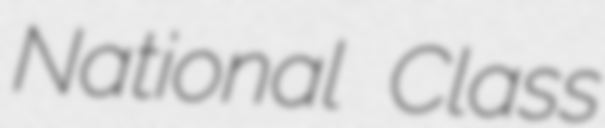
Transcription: National Class